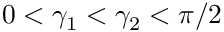
0 < \gamma _ { 1 } < \gamma _ { 2 } < \pi / 2